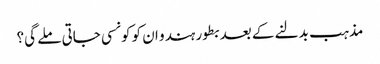
مذہب بدلنے کے بعد بطور ہندو ان کو کونسی جاتی ملے گی؟